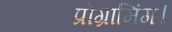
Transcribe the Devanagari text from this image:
प्रोग्रामिंग।